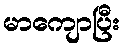
မာကျောပြီး